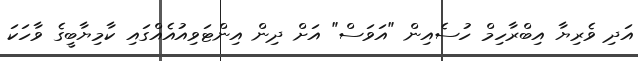
އަދި ވެރިޔާ އިބްރާހިމް ހުސެއިން "އަވަސް" އަށް ދިން އިންޓަވިއުއެއްގައި ކާމިޔާބީގެ ވާހަކަ